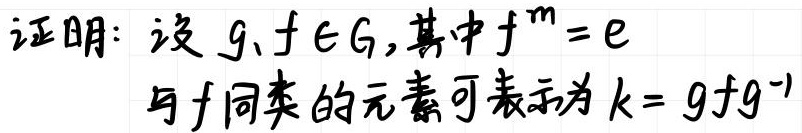
证明：设 $g,f\in G$, 其中 $f^{m}=e$
与 $f$ 同类的元素可表示为 $k = gfg^{-1}$